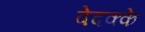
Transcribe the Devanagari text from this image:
वेदक्के